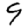
Digit: 9